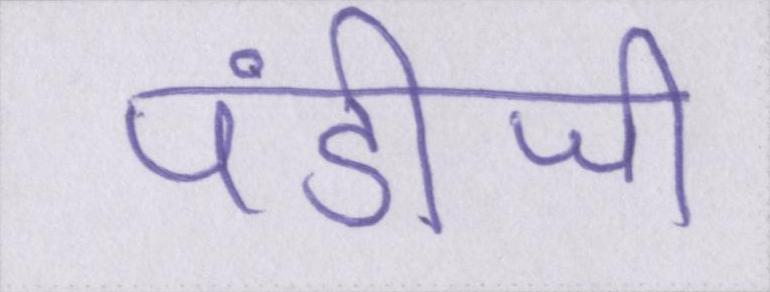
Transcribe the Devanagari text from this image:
पंडीजी